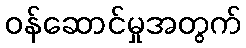
ဝန်ဆောင်မှုအတွက်